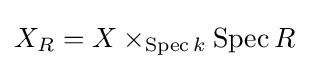
X_{R}=X\times _{\operatorname {Spec} k}\operatorname {Spec} R